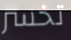
تخسر